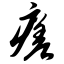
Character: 瘥